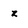
Character: z